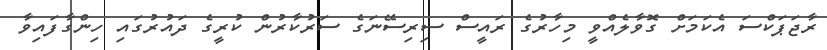
ރާޖަޕަކްސަ އެކަމަށް ގޮވާލެއްވީ މިހާރުގެ ރައީސް ސިރިސޭނަގެ ސަރުކާރުން ކުރީގެ ދައުރުގައި ހިންގާފައިވާ